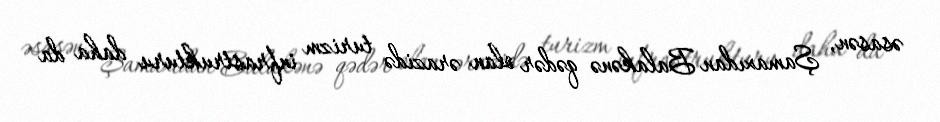
əsasən, Şamaxıdan Balakənə qədər olan ərazidə turizm infrastrukturu daha da